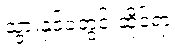
သွားနှင့်ခံတွင်းဆိုင်ရာ